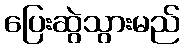
ပြေးဆွဲသွားမည်